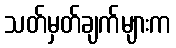
သတ်မှတ်ချက်များက